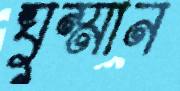
ঘুম্মান